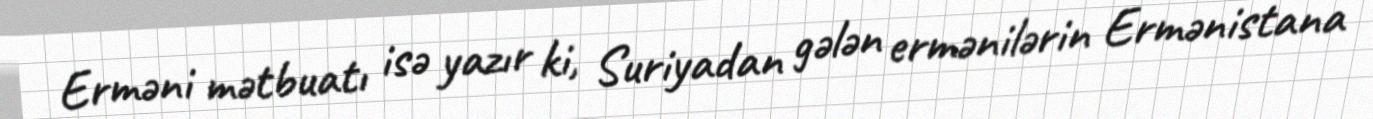
Erməni mətbuatı isə yazır ki, Suriyadan gələn ermənilərin Ermənistana